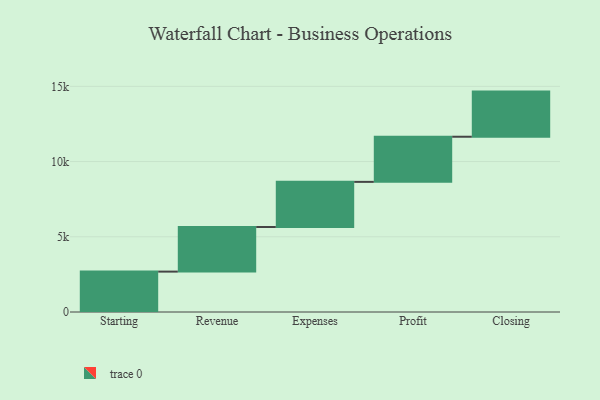
{"axis": {"x": "Step", "y": "Value"}, "legend": [""], "data": [{"x": "Starting", "y": 2685.0, "type": ""}, {"x": "Revenue", "y": 2965.0, "type": ""}, {"x": "Expenses", "y": 3000, "type": ""}, {"x": "Profit", "y": 3000, "type": ""}, {"x": "Closing", "y": 3000, "type": ""}]}